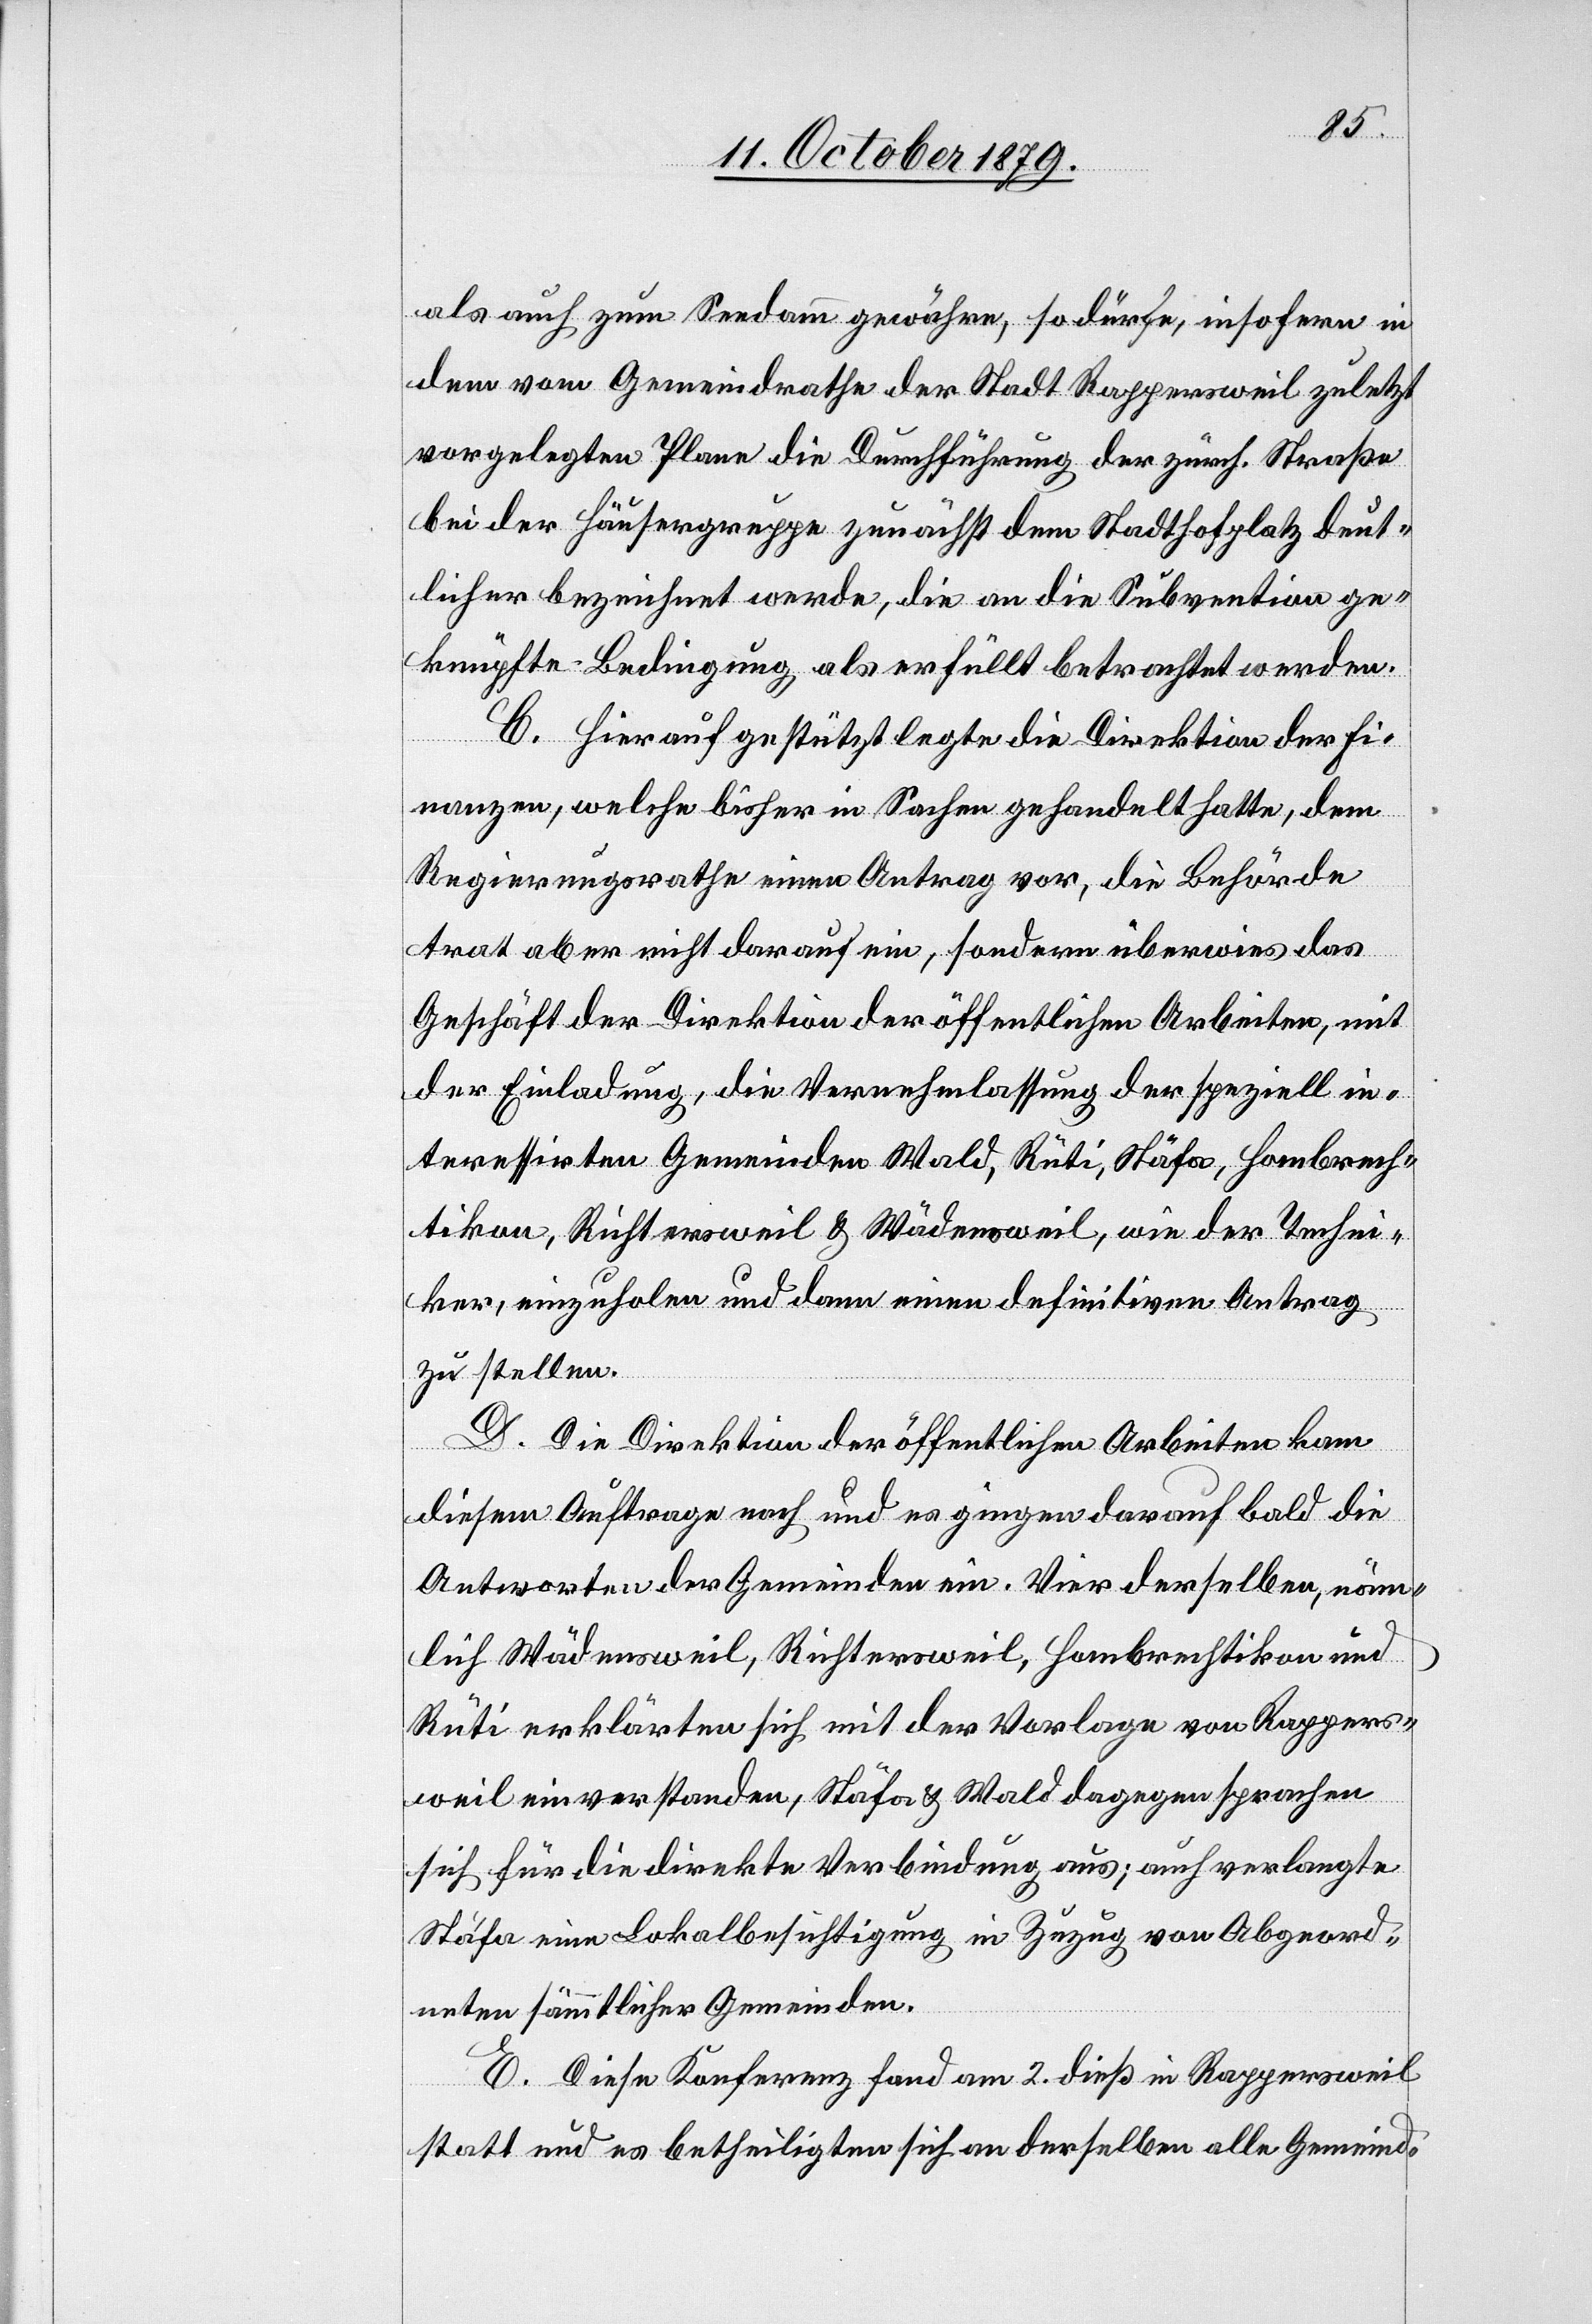
als auch zum Seedamm gewährn, so dürfe, insofern in
dem vom Gemeindrathe der Stadt Rappersweil zuletzt
vorgelegten Plane die Durchführung der zürch. Straße
bei der Häusergruppe zunächst dem Stadthofplatz deut¬
licher bezeichnet werde, die an die Subvention ge¬
knüpfte Bedingung als erfüllt betrachtet werden.
C. Hierauf gestützt legte die Direktion der Fi¬
nanzen, welche bisher in Sachen gehandelt hatte, dem
Regierungsrathe einen Antrag vor, die Behörde
trat aber nicht darauf ein, sondern überwies das
Geschäft der Direktion der öffentlichen Arbeiten, mit
der Einladung, die Vernehmlassung der speziell in¬
teressirten Gemeinden Wald, Rüti, Stäfa, Hombrech¬
tikon, Richtersweil & Wädensweil, wie der Techni¬
ker, einzuholen und dann einen definitiven Antrag
zu stellen.
D. Die Direktion der öffentlichen Arbeiten kam
diesem Auftrage nach und es gingen darauf bald die
Antworten der Gemeinden ein. Vier derselben, näm¬
lich Wädensweil, Richtersweil, Hombrechtikon und
Rüti erklärten sich mit der Vorlage von Rappers¬
weil einverstanden, Stäfa & Wald dagegen sprachen
sich für die direkte Verbindung aus; auch verlangte
Stäfa eine Lokalbesichtigung in Zuzug von Abgeord¬
neten sämtlicher Gemeinden.
E. Diese Konferenz fand am 2. dieß in Rappersweil
statt und es betheiligten sich an derselben alle Gemeind-